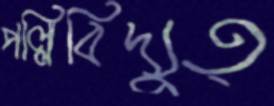
পল্লিবিদ্যুত্